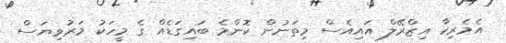
އެމެރިކާ އިޒްރޭލް އައިއެސް މިތަނުން ކޮންމެ ބައިގަޑެއް ގެ މީހަކު މަރުވިޔަސް